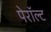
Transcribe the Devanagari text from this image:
पेरॉल्ट